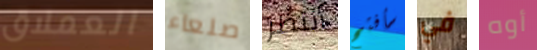
العملاق صلعاء أنتظر سأفتح في أوه